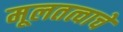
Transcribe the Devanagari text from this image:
मूलतत्वाचे